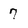
Character: 7